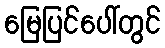
မြေပြင်ပေါ်တွင်